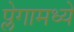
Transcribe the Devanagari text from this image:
प्लेगामध्ये